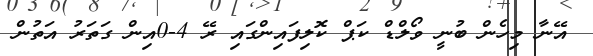
އޭނާ މިހެން ބުނީ ވޯލްޑް ކަޕް ކޮލިފައިންގައި ރޭ 4-0އިން ގަތަރު އަތުން